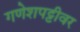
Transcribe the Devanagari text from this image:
गणेशपट्टीवर